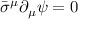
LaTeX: { \bar { \sigma } } ^ { \mu } \partial _ { \mu } \psi = 0